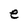
Character: e